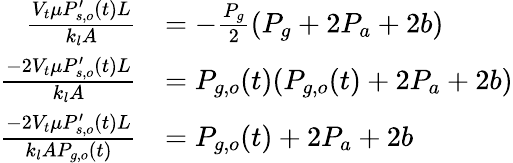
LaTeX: \begin{array}{rl}{\frac{V_{t}\mu P_{s,o}^{\prime}(t)L}{k_{l}A}}&{=-\frac{P_{g}}{2}(P_{g}+2P_{a}+2b)}\\ {\frac{-2V_{t}\mu P_{s,o}^{\prime}(t)L}{k_{l}A}}&{=P_{g,o}(t)(P_{g,o}(t)+2P_{a}+2b)}\\ {\frac{-2V_{t}\mu P_{s,o}^{\prime}(t)L}{k_{l}AP_{g,o}(t)}}&{=P_{g,o}(t)+2P_{a}+2b}\end{array}